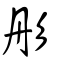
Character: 彤